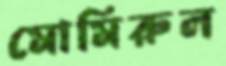
মোমিরুল